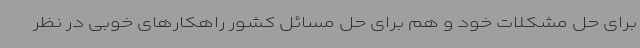
برای حل مشکلات خود و هم برای حل مسائل کشور راهکارهای خوبی در نظر